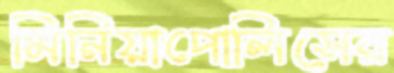
মিনিয়াপোলিসের